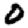
Digit: 0